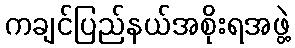
ကချင်ပြည်နယ်အစိုးရအဖွဲ့